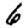
Digit: 6